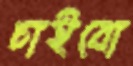
চাইবো